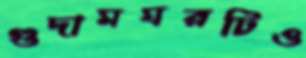
গুদামঘরটিও